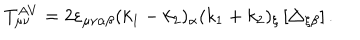
LaTeX: T _ { \mu \nu } ^ { A V } = 2 \varepsilon _ { \mu \nu \alpha \beta } ( k _ { 1 } - k _ { 2 } ) _ { \alpha } ( k _ { 1 } + k _ { 2 } ) _ { \xi } \left[ \triangle _ { \xi \beta } \right] .